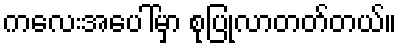
ကလေးအပေါ်မှာ စုပြုံလာတတ်တယ်။